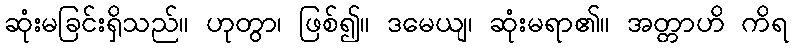
ဆုံးမခြင်းရှိသည်။ ဟုတွာ၊ ဖြစ်၍။ ဒမေယျ၊ ဆုံးမရာ၏။ အတ္တာဟိ ကိရ